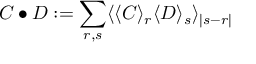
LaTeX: C \bullet D : = \sum _ { r , s } \langle \langle C \rangle _ { r } \langle D \rangle _ { s } \rangle _ { | s - r | }